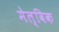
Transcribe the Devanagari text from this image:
मेल्विक